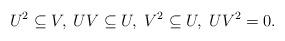
LaTeX: \begin{align*}U^2\subseteq V, \; UV\subseteq U, \; V^2\subseteq U, \; UV^2=0.\end{align*}